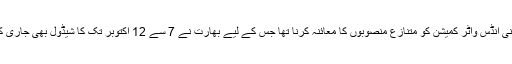
پاکستانی انڈس واٹر کمیشن کو متنازع منصوبوں کا معائنہ کرنا تھا جس کے لیے بھارت نے 7 سے 12 اکتوبر تک کا شیڈول بھی جاری کیا تھا۔